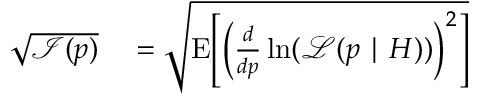
\begin{array} { r l } { { \sqrt { { \mathcal { I } } ( p ) } } } & { { } = { \sqrt { \operatorname { E } \! \left[ \left( { \frac { d } { d p } } \ln ( { \mathcal { L } } ( p \mid H ) ) \right) ^ { 2 } \right] } } } \end{array}